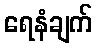
ရေနံချက်